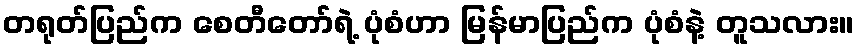
တရုတ်ပြည်က စေတီတော်ရဲ့ ပုံစံဟာ မြန်မာပြည်က ပုံစံနဲ့ တူသလား။